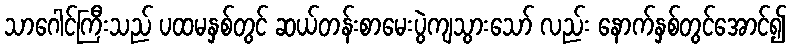
သာဂေါင်ကြီးသည် ပထမနှစ်တွင် ဆယ်တန်းစာမေးပွဲကျသွားသော် လည်း နောက်နှစ်တွင်အောင်၍